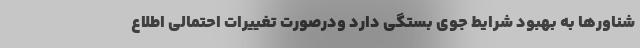
شناورها به بهبود شرایط جوی بستگی دارد ودرصورت تغییرات احتمالی اطلاع